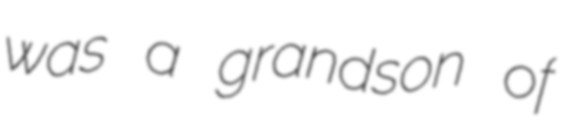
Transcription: was a grandson of